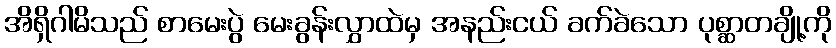
အိရှိဂါမိသည် စာမေးပွဲ မေးခွန်းလွှာထဲမှ အနည်းငယ် ခက်ခဲသော ပုစ္ဆာတချို့ကို